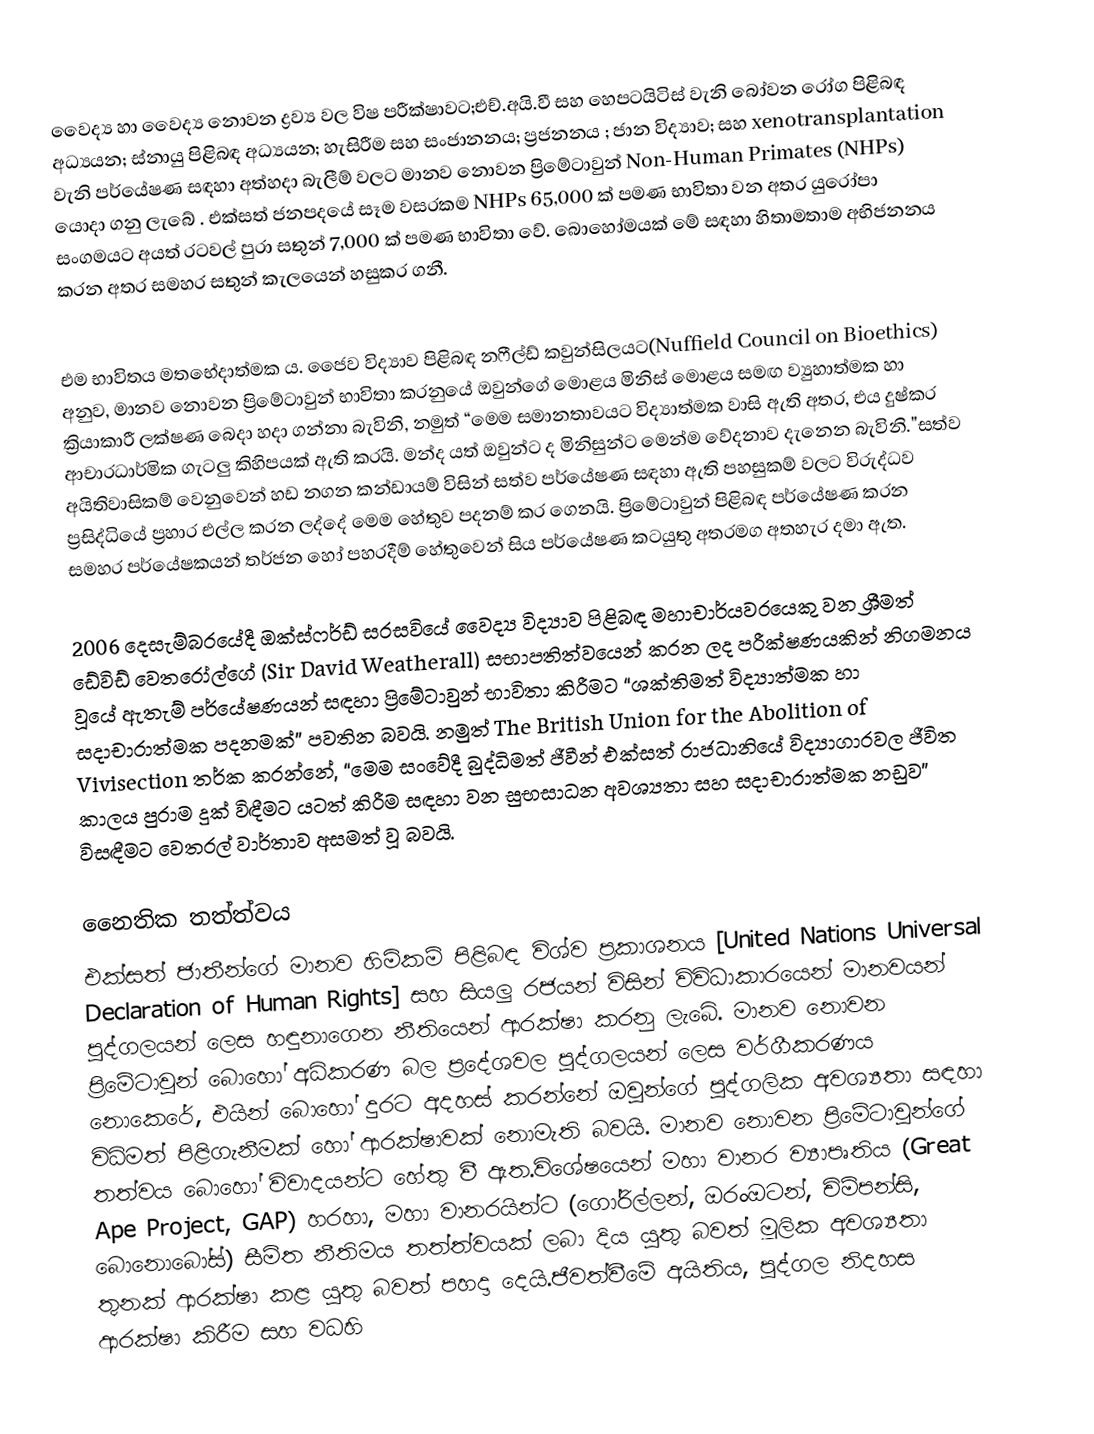
වෛද්‍ය හා වෛද්‍ය නොවන ද්‍රව්‍ය වල විෂ පරීක්ෂාවට;එච්.අයි.වී සහ හෙපටයිටිස් වැනි බෝවන රෝග පිළිබඳ අධ්‍යයන;  ස්නායු පිළිබඳ අධ්‍යයන;  හැසිරීම සහ සංජානනය;  ප්‍රජනනය ;  ජාන විද්‍යාව;  සහ xenotransplantation වැනි පර්යේෂණ සඳහා අත්හදා බැලීම් වලට මානව නොවන ප්‍රිමේටාවුන් Non-Human Primates (NHPs) යොදා ගනු ලැබේ . එක්සත් ජනපදයේ සෑම වසරකම NHPs 65,000 ක් පමණ භාවිතා වන අතර යුරෝපා සංගමයට  අයත් රටවල් පුරා සතුන් 7,000 ක් පමණ භාවිතා වේ. බොහෝමයක් මේ සඳහා හිතාමතාම අභිජනනය කරන අතර සමහර සතුන් කැලයෙන් හසුකර ගනී.

    
එම භාවිතය මතභේදාත්මක ය.  ජෛව විද්‍යාව පිළිබඳ නෆීල්ඩ් කවුන්සිලයට(Nuffield Council on Bioethics) අනුව, මානව නොවන ප්‍රිමේටාවුන් භාවිතා කරනුයේ ඔවුන්ගේ මොළය මිනිස් මොළය සමඟ ව්‍යුහාත්මක හා ක්‍රියාකාරී ලක්ෂණ බෙදා හදා ගන්නා බැවිනි, නමුත් “මෙම සමානතාවයට විද්‍යාත්මක වාසි ඇති අතර, එය දුෂ්කර ආචාරධාර්මික ගැටලු කිහිපයක් ඇති කරයි. මන්ද යත් ඔවුන්ට ද මිනිසුන්ට මෙන්ම වේදනාව දැනෙන බැවිනි."සත්ව අයිතිවාසිකම් වෙනුවෙන් හඩ නගන කන්ඩායම් විසින් සත්ව පර්යේෂණ සඳහා ඇති පහසුකම් වලට විරුද්ධව ප්‍රසිද්ධියේ ප්‍රහාර එල්ල කරන ලද්දේ මෙම හේතුව පදනම් කර ගෙනයි. ප්‍රිමේටාවුන් පිළිබඳ පර්යේෂණ කරන සමහර පර්යේෂකයන් තර්ජන හෝ පහරදීම් හේතුවෙන් සිය පර්යේෂණ කටයුතු අතරමග අතහැර දමා ඇත.

2006 දෙසැම්බරයේදී ඔක්ස්ෆර්ඩ් සරසවියේ වෛද්‍ය විද්‍යාව පිළිබඳ මහාචාර්යවරයෙකු වන ශ්‍රීමත් ඩේවිඩ් වෙතරෝල්ගේ (Sir David Weatherall) සභාපතිත්වයෙන් කරන ලද පරීක්ෂණයකින් නිගමනය වූයේ ඇතැම් පර්යේෂණයන් සඳහා ප්‍රිමේටාවුන් භාවිතා කිරීමට “ශක්තිමත් විද්‍යාත්මක හා සදාචාරාත්මක පදනමක්” පවතින බවයි. නමුත් The British Union for the Abolition of Vivisection තර්ක කරන්නේ, “මෙම සංවේදී බුද්ධිමත් ජීවීන් එක්සත් රාජධානියේ විද්‍යාගාරවල ජීවිත කාලය පුරාම දුක් විඳීමට යටත් කිරීම සඳහා වන සුභසාධන අවශ්‍යතා සහ සදාචාරාත්මක නඩුව” විසඳීමට වෙතරල් වාර්තාව අසමත් වූ බවයි.

නෛතික තත්ත්වය
එක්සත් ජාතීන්ගේ මානව හිමිකම් පිළිබඳ විශ්ව ප්‍රකාශනය [United Nations Universal Declaration of Human Rights] සහ සියලු රජයන් විසින් විවිධාකාරයෙන් මානවයන් පුද්ගලයන් ලෙස හඳුනාගෙන නීතියෙන් ආරක්ෂා කරනු ලැබේ.  මානව නොවන ප්‍රිමේටාවුන් බොහෝ අධිකරණ බල ප්‍රදේශවල පුද්ගලයන් ලෙස වර්ගීකරණය නොකෙරේ, එයින් බොහෝ දුරට අදහස් කරන්නේ ඔවුන්ගේ පුද්ගලික අවශ්‍යතා සඳහා විධිමත් පිළිගැනීමක් හෝ ආරක්ෂාවක් නොමැති බවයි.  මානව නොවන ප්‍රිමේටාවුන්ගේ තත්වය බොහෝ විවාදයන්ට හේතු වී ඇත.විශේෂයෙන් මහා වානර ව්‍යාපෘතිය (Great Ape Project, GAP) හරහා, මහා වානරයින්ට (ගෝරිල්ලන්, ඔරංඔටන්, චිම්පන්සි, බොනොබෝස්) සීමිත නීතිමය තත්ත්වයක් ලබා දිය යුතු බවත් මූලික අවශ්‍යතා තුනක් ආරක්ෂා කළ යුතු බවත් පහදා දෙයි.ජීවත්වීමේ අයිතිය, පුද්ගල නිදහස ආරක්ෂා කිරීම සහ වධහි